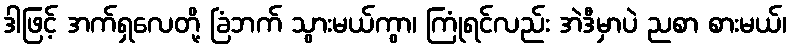
ဒါဖြင့် အက်ရှလေတို့ ခြံဘက် သွားမယ်ကွာ၊ ကြုံရင်လည်း အဲဒီမှာပဲ ညစာ စားမယ်၊